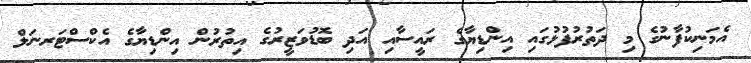
އެމަނިކުފާނުގެ މި ދަތުރުފުޅުގައި އިންޑިޔާގެ ރައީސާއި އަދި ބޮޑުވަޒީރުގެ އިތުރުން އިންޑިޔާގެ އެކްސްޓަރނަލް